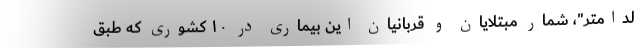
لداُمتر"، شمار مبتلایان و قربانیان این بیماری در ۱۰ کشوری که طبق